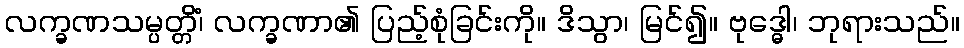
လက္ခဏသမ္ပတ္တိံ၊ လက္ခဏာ၏ ပြည့်စုံခြင်းကို။ ဒိသွာ၊ မြင်၍။ ဗုဒ္ဓေါ၊ ဘုရားသည်။